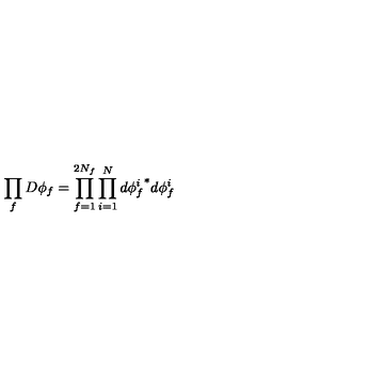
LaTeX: \prod _ { f } D \phi _ { f } = \prod _ { f = 1 } ^ { 2 N _ { f } } \prod _ { i = 1 } ^ { N } d { \phi _ { f } ^ { i } } ^ { * } d \phi _ { f } ^ { i }